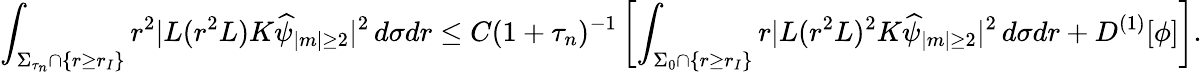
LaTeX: \int_{\Sigma_{\tau_{n}}\cap\{ r\geq r_{I}\} }r^{2}|L(r^{2}L)K\widehat{\psi}_{|m|\geq 2}|^{2}\, d\sigma dr\leq C(1+\tau_{n})^{-1}\left[\int_{\Sigma_{0}\cap\{ r\geq r_{I}\} }r|L(r^{2}L)^{2}K\widehat{\psi}_{|m|\geq 2}|^{2}\, d\sigma dr+D^{(1)}[\phi]\right].